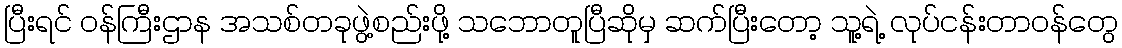
ပြီးရင် ဝန်ကြီးဌာန အသစ်တခုဖွဲ့စည်းဖို့ သဘောတူပြီဆိုမှ ဆက်ပြီးတော့ သူ့ရဲ့ လုပ်ငန်းတာဝန်တွေ